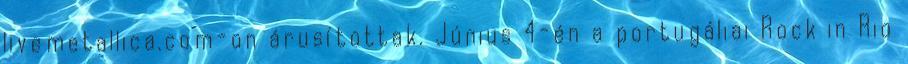
livemetallica.com-on árusítottak. Június 4-én a portugáliai Rock in Rio